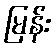
မြန်း